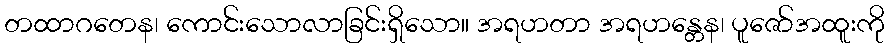
တထာဂတေန၊ ကောင်းသောလာခြင်းရှိသော။ အရဟတာ အရဟန္တေန၊ ပူဇော်အထူးကို